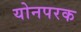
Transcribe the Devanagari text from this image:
योनपरक